Investigations on Bengal jail dietaries - Number 37
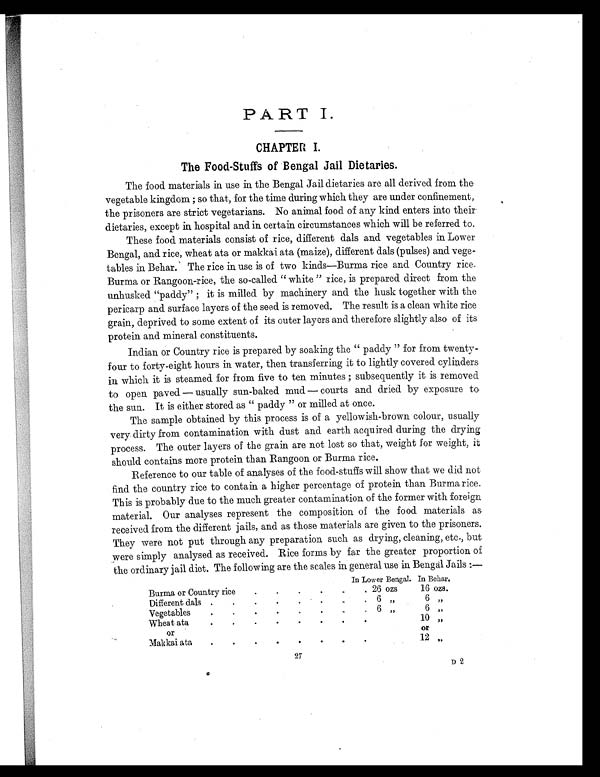
PART I.
CHAPTER I.
The Food-Stuffs of Bengal Jail Dietaries.
The food materials in use in the Bengal Jail dietaries are all derived from the
vegetable kingdom; so that, for the time during which they are under confinement,
the prisoners are strict vegetarians. No animal food of any kind enters into their
dietaries, except in hospital and in certain circumstances which will be referred to.
These food materials consist of rice, different dals and vegetables in Lower
Bengal, and rice, wheat ata or makkai ata (maize), different dals (pulses) and vege-
tables in Behar. The rice in use is of two kinds—Burma rice and Country rice.
Burma or Rangoon-rice, the so-called "white" rice, is prepared direct from the
unhusked "paddy"; it is milled by machinery and the husk together with the
pericarp and surface layers of the seed is removed. The result is a clean white rice
grain, deprived to some extent of its outer layers and therefore slightly also of its
protein and mineral constituents.
Indian or Country rice is prepared by soaking the "paddy" for from twenty-
four to forty-eight hours in water, then transferring it to lightly covered cylinders
in which it is steamed for from five to ten minutes; subsequently it is removed
to open paved—usually sun-baked mud—courts and dried by exposure to
the sun. It is either stored as "paddy" or milled at once.
The sample obtained by this process is of a yellowish-brown colour, usually
very dirty from contamination with dust and earth acquired during the drying
process. The outer layers of the grain are not lost so that, weight for weight, it
should contains more protein than Rangoon or Burma rice.
Reference to our table of analyses of the food-stuffs will show that we did not
find the country rice to contain a higher percentage of protein than Burma rice.
This is probably due to the much greater contamination of the former with foreign
material. Our analyses represent the composition of the food materials as
received from the different jails, and as those materials are given to the prisoners.
They were not put through any preparation such as drying, cleaning, etc., but
were simply analysed as received. Rice forms by far the greater proportion of
the ordinary jail diet. The following are the scales in general use in Bengal Jails:—
In Lower Bengal. In Behar.
Burma or Country rice
26 ozs
16 ozs.
Different dals
6 ,,
6
,,
Vegetable
6
,,
6
,,
Wheat ata
10
,,
or
or
Makkai ata
12
,,
27
D 2